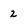
Character: 2